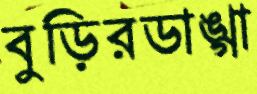
বুড়িরডাঙ্গা